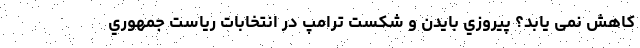
کاهش نمی یابد؟ پيروزي بايدن و شكست ترامپ در انتخابات رياست جمهوري